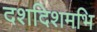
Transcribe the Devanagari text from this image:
दशदिशमभि